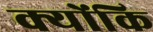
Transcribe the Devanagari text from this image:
क्योंकि